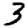
Digit: 3